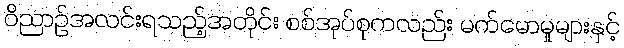
ဝိညာဉ်အလင်းရသည့်အတိုင်း စစ်အုပ်စုကလည်း မက်မောမှုများနှင့်